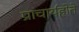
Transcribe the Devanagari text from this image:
प्राचार्यहोते